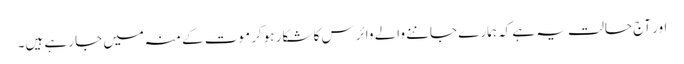
اور آج حالت یہ ہے کہ ہمارے جاننے والے وائرس کا شکار ہوکر موت کے منہ میں جا رہے ہیں۔